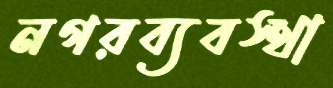
নগরব্যবস্থা